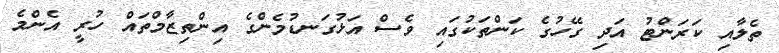
ތެލާއި ކަރަންޓު އަދި ގޭހުގެ ކަންތަކުގައި ވެސް އަޅުގަނޑުމެންގެ އިންތިޒާމްތައް ހުރީ އެންމެ